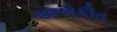
આલોકીત